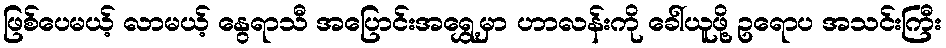
ဖြစ်ပေမယ့် လာမယ့် နွေရာသီ အပြောင်းအရွှေ့မှာ ဟာလန်းကို ခေါ်ယူဖို့ ဥရောပ အသင်းကြီး